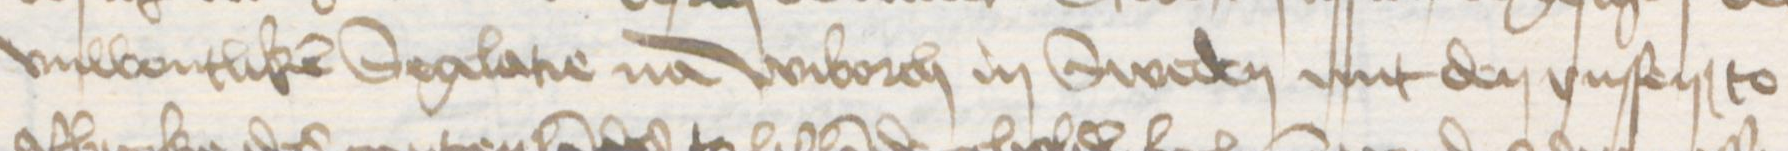
vnwonlicken Seglatie na Wiborch in Sweden mit den vnsen to